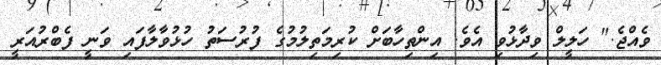
ވެއްޖެ." ހަލީލް ވިދާޅުވި އެވެ. އިންތިހާބަށް ކުރިމަތިލުމުގެ ފުރުސަތު ހުޅުވާލާފައި ވަނީ ފެބްރުއަރީ